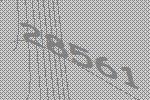
28561